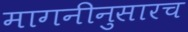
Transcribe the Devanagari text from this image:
मागनीनुसारच